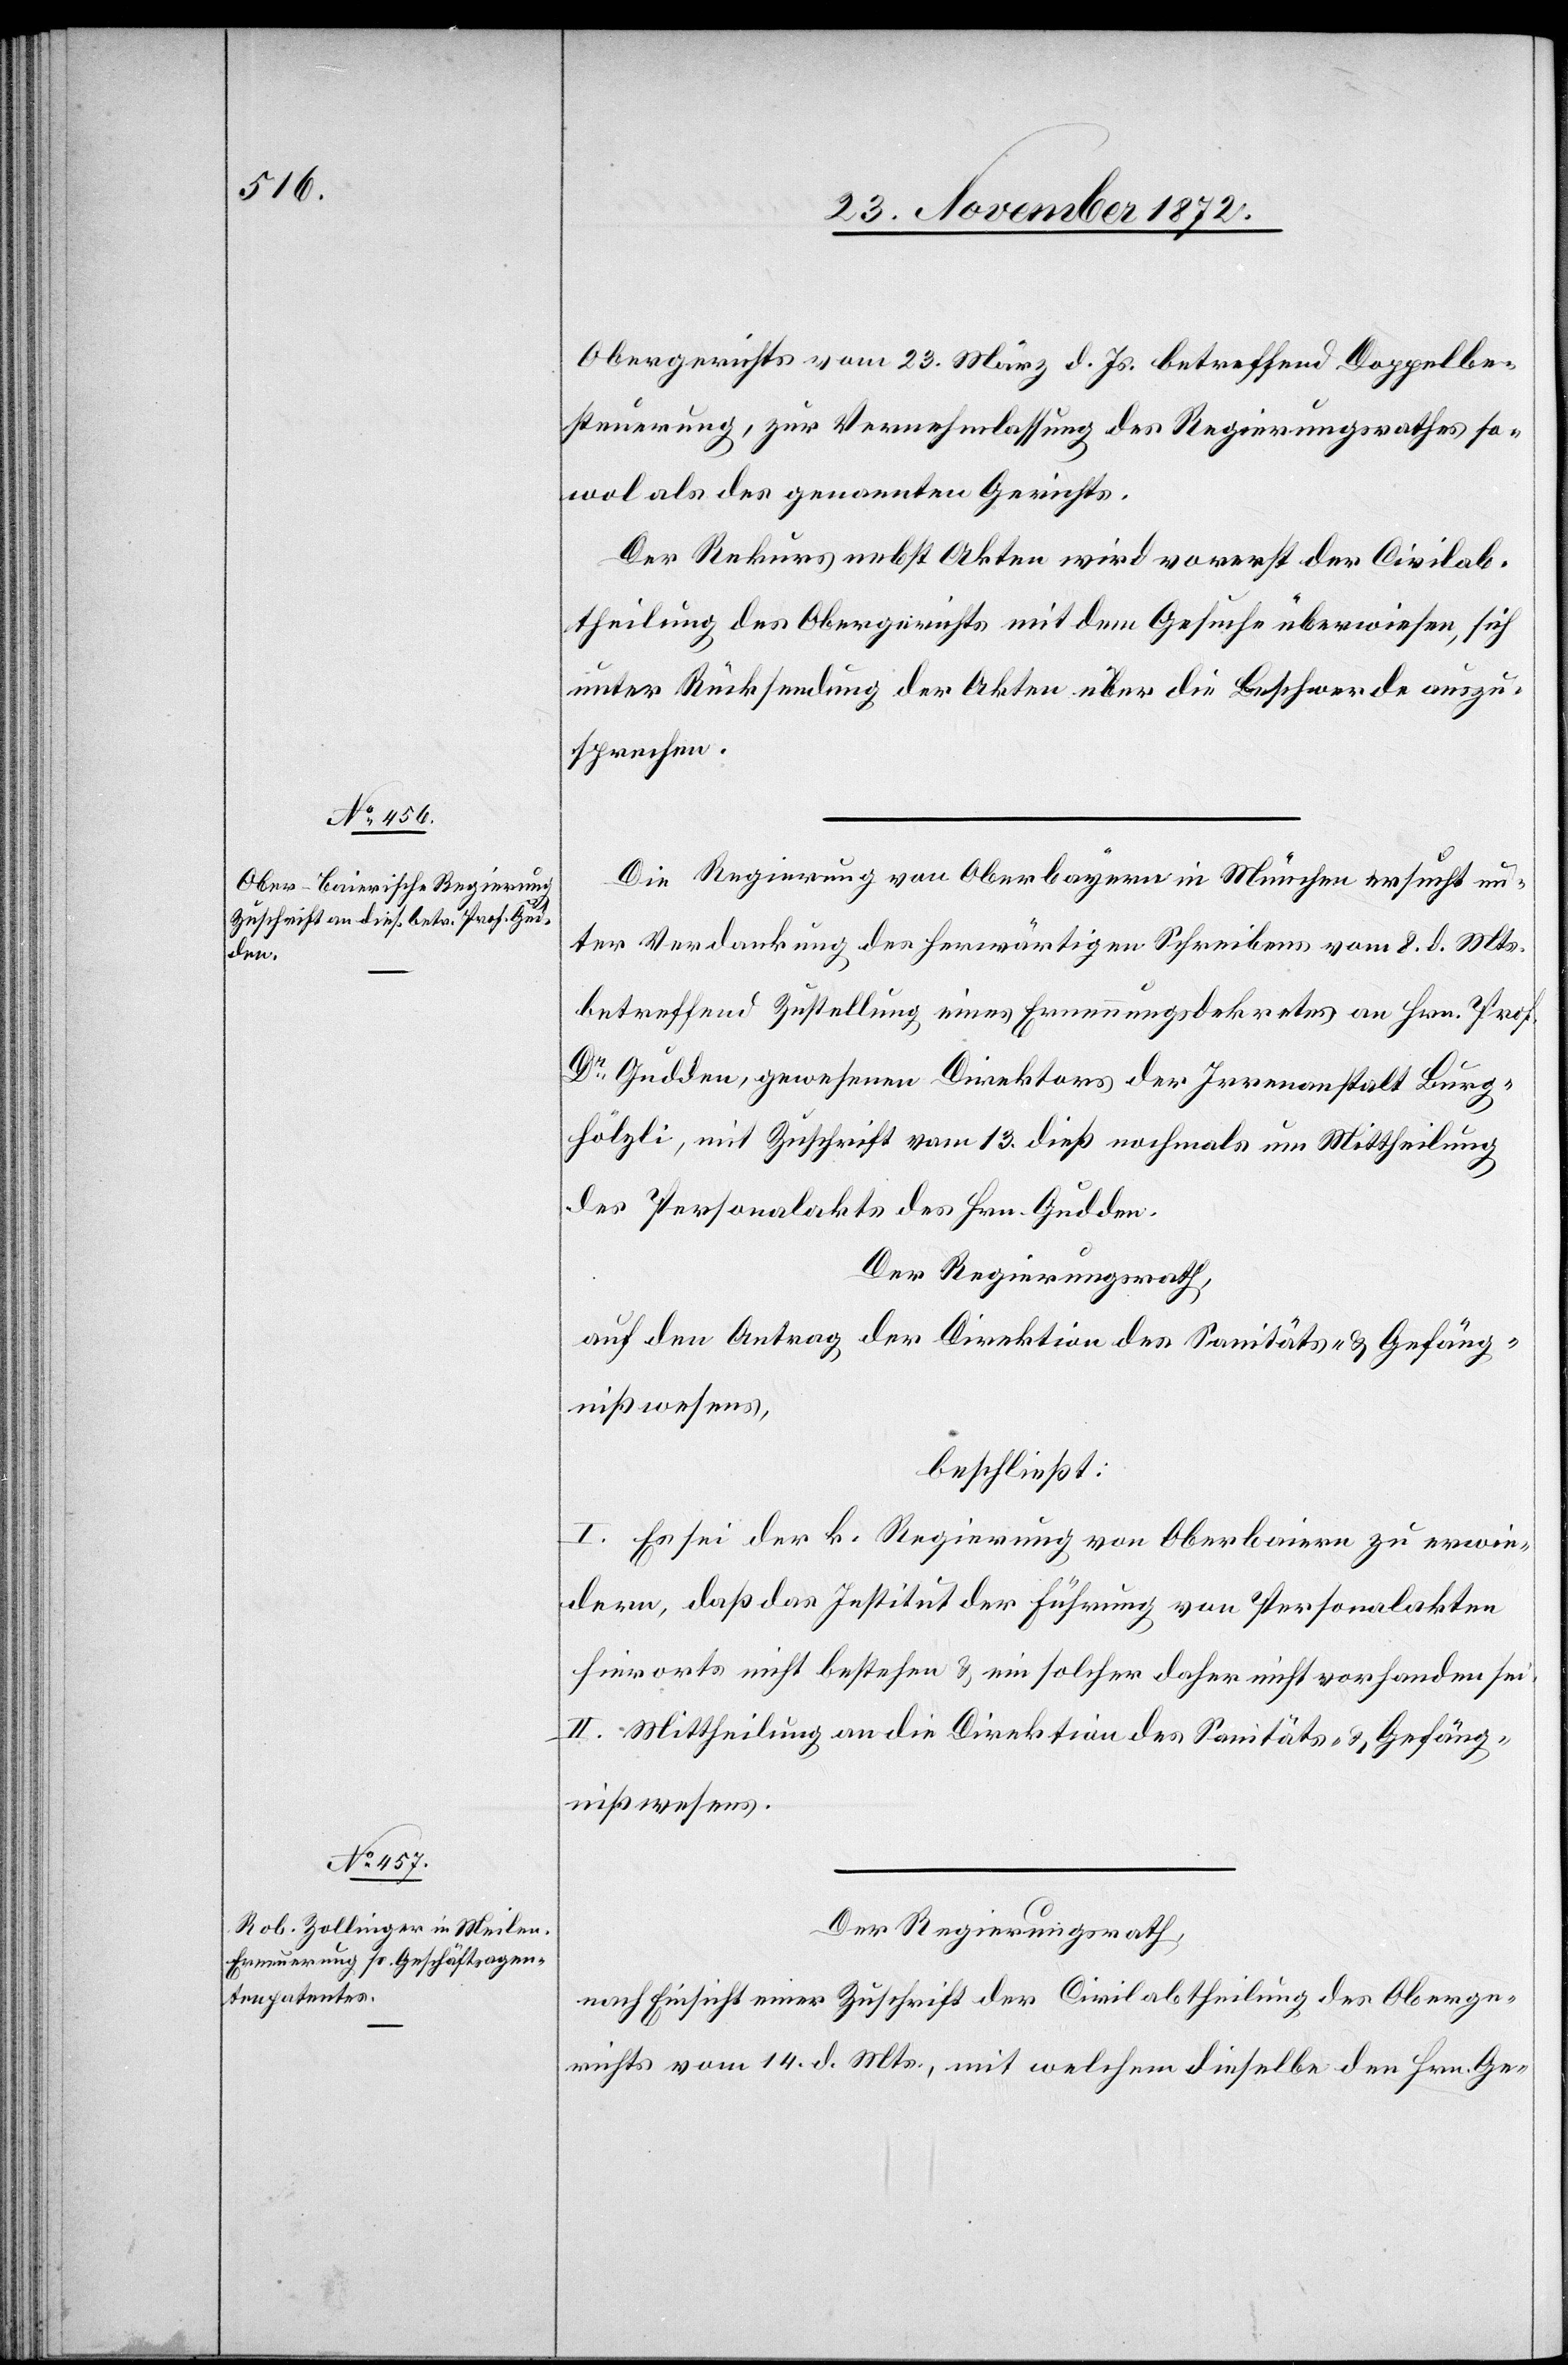
Obergerichts vom 23. März d. Js. betreffend Doppelbe¬
steuerung, zur Vernehmlassung des Regierungsrathes so¬
wol als des genannten Gerichts.
Der Rekurs nebst Akten wird vorerst der Civilab¬
theilung des Obergerichts mit dem Gesuche überwiesen, sich
unter Rücksendung der Akten über die Beschwerde auszu¬
sprechen.
Die Regierung von Oberbayern in München ersucht un¬
ter Verdankung des herwärtigen Schreibens vom 8. d. Mts.
betreffend Zustellung eines Ernennungsdekrets an Hrn. Prof.
Dr Gudden, gewesenen Direktors der Irrenanstalt Burg¬
hölzli, mit Zuschrift vom 13. dieß nochmals um Mittheilung
der Personalakte des Hrn. Gudden.
Der Regierungsrath,
auf den Antrag der Direktion des Sanitäts- u. Gefäng¬
nißwesens,
beschließt:
I. Es sei der k. Regierung von Oberbaiern zu erwie¬
dern, daß das Institut der Führung von Personalakten
hierorts nicht bestehen u. ein solcher daher nicht vorhanden sei.
II. Mittheilung an die Direktion des Sanitäts- u. Gefäng¬
nißwesens.
Der Regierungsrath,
nach Einsicht einer Zuschrift der Civilabtheilung des Oberge¬
richts vom 14. d. Mts., mit welchem dieselbe den Hrn. Ge-